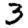
Digit: 3